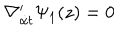
\nabla _ { { \dot { \alpha } } t } ^ { \prime } \Psi _ { 1 } ( z ) = 0